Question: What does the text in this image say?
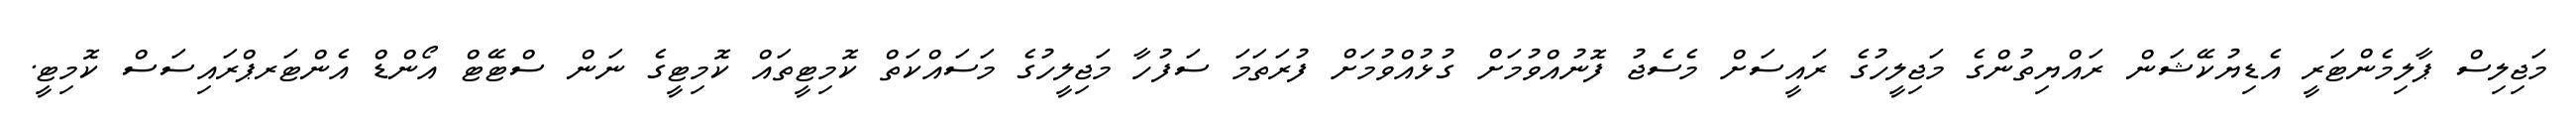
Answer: މަޖިލިސް ޕާލިމެންޓަރީ އެޑިޔުކޭޝަން ރައްޔިތުންގެ މަޖިލީހުގެ ރައީސަށް މެސެޖު ފޮނުއްވުމަށް ގުޅުއްވުމަށް ފުރަތަމަ ސަފުހާ މަޖިލީހުގެ މަސައްކަތް ކޮމިޓީތައް ކޮމިޓީގެ ނަން ސްޓޭޓް އޯންޑް އެންޓަރޕްރައިސަސް ކޮމިޓީ.